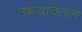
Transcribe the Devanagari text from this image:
उभयावतल